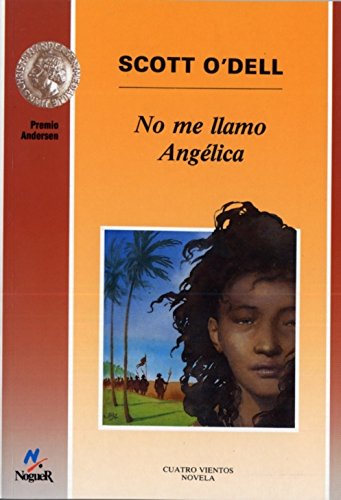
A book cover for No me llamo Angelica/ My Name Is Not Angelica (Spanish Edition); Scott O'Dell; Teen & Young Adult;